Vaccine operations Central Provinces 1868-1885 - 1868-1885
Year: 1868
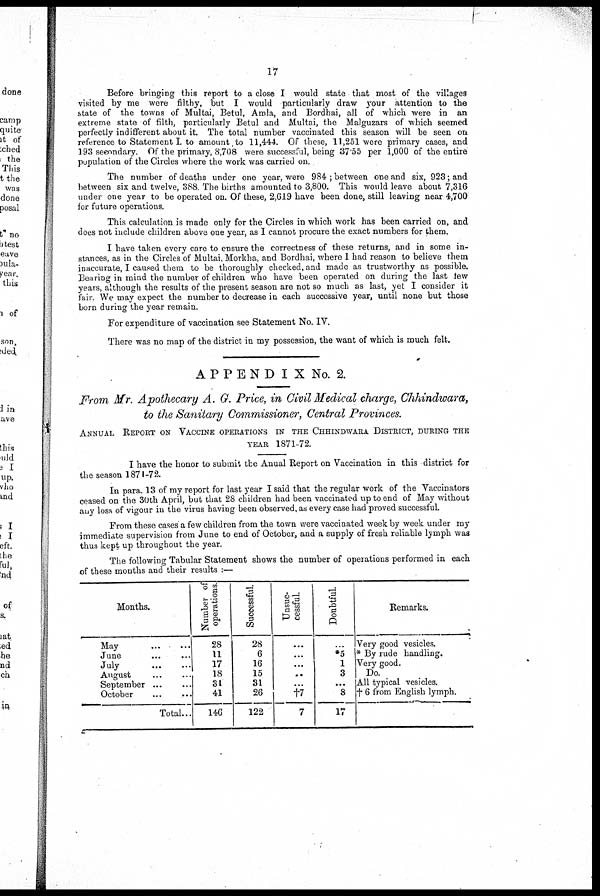
17
Before bringing this report to a close I would state that most of the villages
visited by me were filthy, but I would particularly draw your attention to the
state of the towns of Multai, Betul, Amla, and Bordhai, all of which were in an
extreme state of filth, particularly Betul and Multai, the Malguzars of which seemed
perfectly indifferent about it. The total number vaccinated this season will be seen on
reference to Statement I. to amount.to 11,444. Of these, 11,251 were primary cases, and
193 secondary. Of the primary, 8,708 were successful, being 37.55 per 1,000 of the entire
population of the Circles where the work was carried on.
The number of deaths under one year, were 984 ; between one and six, 923; and
between six and twelve, 388. The births amounted to 3,800. This would leave about 7,316
under one year to be operated on. Of these, 2,619 have been done, still leaving near 4,700
for future operations.
This calculation is made only for the Circles in which work has been carried on, and
does not include children above one year, as I cannot procure the exact numbers for them.
I have taken every care to ensure the correctness of these returns, and in some in-
stances, as in the Circles of Multai, Morkha, and Bordhai, where I had reason to believe them
inaccurate, I caused them to be thoroughly checked, and made as trustworthy as possible.
Bearing in mind the number of children who have been operated on during the last few
years, although the results of the present season are not so much as last, yet I consider it
fair. We may expect the number to decrease in each successive year, until none but those
born during the year remain.
For expenditure of vaccination see Statement No. IV.
There was no map of the district in my possession, the want of which is much felt.
APPENDIX No. 2.
From Mr. Apothecary A. G. Price, in Civil Medical charge, Chhindwara,
to the Sanitary Commissioner, Central Provinces.
ANNUAL REPORT ON VACCINE OPERATIONS IN THE CHHINDWARA DISTRICT, DURING THE
YEAR 1871-72.
I have the honor to submit the Anual Report on Vaccination in this district for
the season 1871-72.
In para. 13 of my report for last year I said that the regular work of the Vaccinators
ceased on the 30th April, but that 28 children had been vaccinated up to end of May without
any loss of vigour in the virus having been observed, as every case had proved successful.
From these cases a few children from the town were vaccinated week by week under my
immediate supervision from June to end of October, and a supply of fresh reliable lymph was
thus kept up throughout the year.
The following Tabular Statement shows the number of operations performed in each
of these months and their results :—
Months.
May ... ...
June ... ...
July
...
...
August
...
...
September
...
...
October
...
...
Total...
Number of
operations
28
11
17
18
31
41
146
Successful.
28
6
16
15
31
26
122
Unsuc-
cessful.
...
...
...
...
...
†7
7
Doubtful
...
*5
1
3
...
8
17
Remarks.
Very good vesicles.
* By rude handling.
Very good.
Do.
All typical vesicles.
† 6 from English lymph.